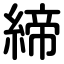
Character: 締